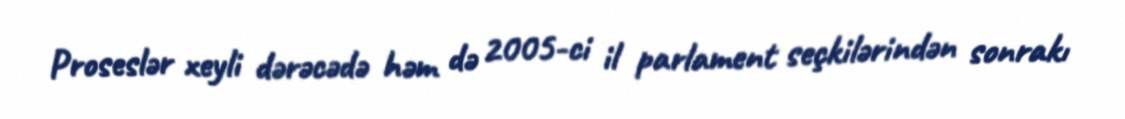
Proseslər xeyli dərəcədə həm də 2005-ci il parlament seçkilərindən sonrakı